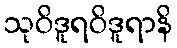
သုဝိဒူရဝိဒူရာနိ